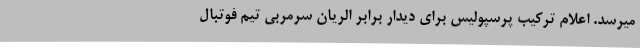
میرسد. اعلام ترکیب پرسپولیس برای دیدار برابر الریان سرمربی تیم فوتبال